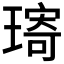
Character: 𤨥